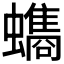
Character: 𮕐